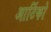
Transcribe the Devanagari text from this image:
आर्टिको